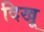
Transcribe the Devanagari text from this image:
दिखू